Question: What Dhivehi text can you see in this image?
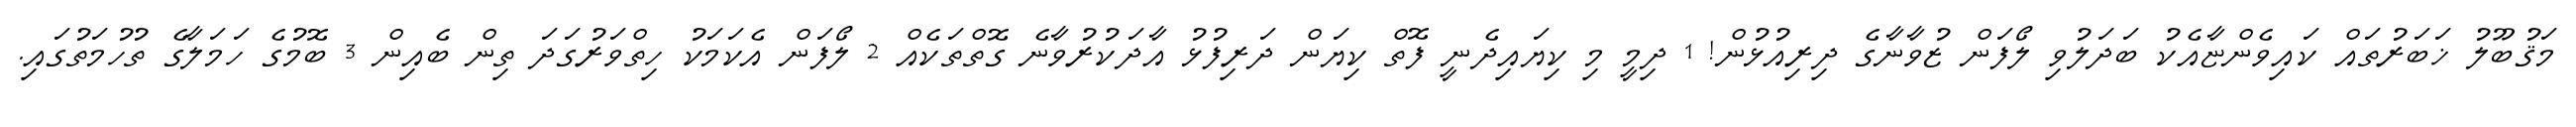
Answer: މަޤުބޫލު ޚަބަރުތައް ކައިވެންޏާއެކު ބަދަލުވި ލޯފަން ޒުވާނާގެ ދިރިއުޅުން! 1 ދިމީ މި ކިޔައިދެނީ ފޮތް ކިޔަން ދަރިފުޅު އާދަކުރުވާނެ ގޮތްތަކެއް 2 ލޯފަން އެކަމަކު ހިތްވަރުގަދަ ތިން ބެއިން 3 ބޮމުގެ ހަމަލާގެ ތުހުމަތުގައި.